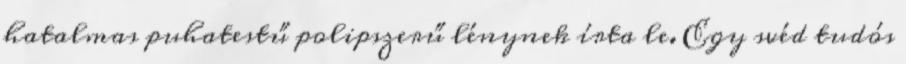
hatalmas puhatestű polipszerű lénynek írta le. Egy svéd tudós